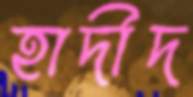
হাদীদ